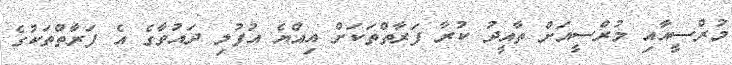
މުރްސީއާއި މުރްސީއަށް ތާއީދު ކުރާ ފަރާތްތަކަށް އިއްޔެ އުފުލި ދައުވާގެ އެ ފަރާތްތަކުގެ